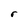
Character: r